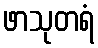
ဖာသုတရံ